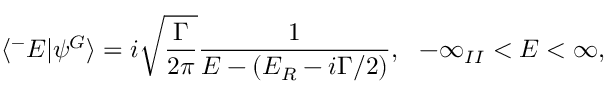
\langle ^ { - } E | \psi ^ { G } \rangle = i \sqrt { \frac { \Gamma } { 2 \pi } } \frac { 1 } { E - ( E _ { R } - i \Gamma / 2 ) } , \, \, \, \, - \infty _ { I I } < E < \infty ,